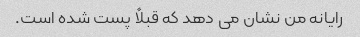
رایانه من نشان می دهد که قبلاً پست شده است.